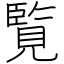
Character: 覧